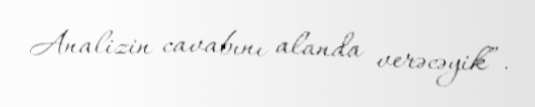
Analizin cavabını alanda verəcəyik”.